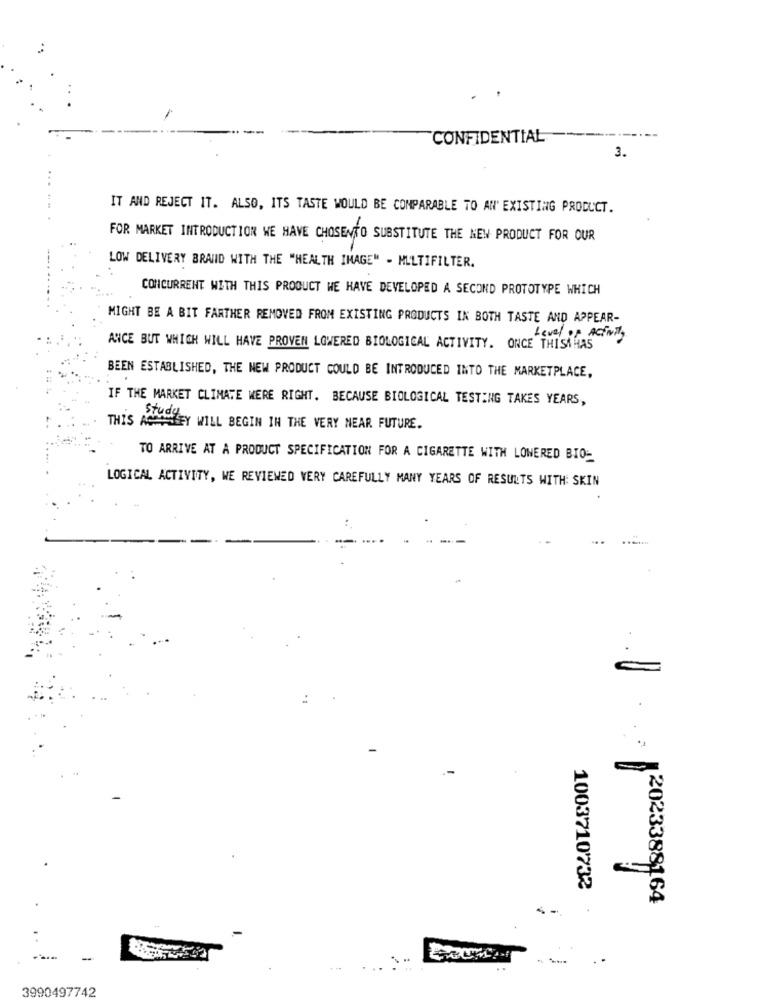
CONFIDENTIAL
------
3.
IT AND REJECT IT. ALSO, ITS TASTE WOULD BE COMPARABLE TO AN' EXISTING PRODUCT.
FOR MARKET INTRODUCTION WE HAVE CHOSENTO SUBSTITUTE THE NEW PRODUCT FOR OUR
LOW DELIVERY BRANID WITH THE "HEALTH IMAGE" - MULTIFILTER.
CONCURRENT WITH THIS PRODUCT WE HAVE DEVELOPED A SECOND PROTOTYPE WHICH
MIGHT BE A BIT FARTHER REMOVED FROM EXISTING PRODUCTS IN BOTH TASTE AND APPEAR-
Level of Activity
ANICE BUT WHICH WILL HAVE PROVEN LOWERED BIOLOGICAL ACTIVITY. ONCE THISAHAS
BEEN ESTABLISHED, THE NEW PRODUCT COULD BE INTRODUCED INTO THE MARKETPLACE,
IF THE MARKET CLIMATE WERE RIGHT. BECAUSE BIOLOGICAL TESTING TAKES YEARS,
THIS ACHTLEY WILL BEGIN IN THE VERY NEAR FUTURE.
TO ARRIVE AT A PRODUCT SPECIFICATION FOR A CIGARETTE WITH LOWERED BIO-
LOGICAL ACTIVITY, WE REVIEWED VERY CAREFULLY MANY YEARS OF RESULTS WITH: SKIN
:
1003710732
2023388164
.... ..
3990497742